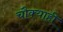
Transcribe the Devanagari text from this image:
चौक्याही